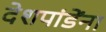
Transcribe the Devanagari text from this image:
देशपांडेंना